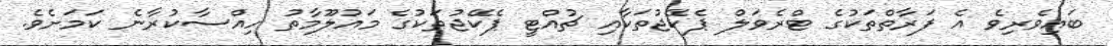
ބައިވެރިވެ އެ ފަރާތްތަކުގެ ޓްރެވަލް ޕެކޭޖުތަކާއި ޗުއްޓީ ޕެކޭޖުތަކުގެ މައުލޫމާތު ހިއްސާކުރާނެ ކަމަށެވެ.